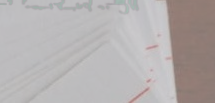
محل بقالة السعادة يقدم أف